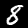
Label: 8